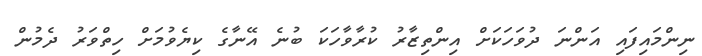
ނިންމައިފައި އަންނަ ދުވަހަކަށް އިންތިޒާރު ކުރާވާހަކަ ބުނެ އޭނާގެ ކިޔެވުމަށް ހިތްވަރު ދެމުން